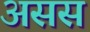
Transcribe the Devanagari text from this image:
असस